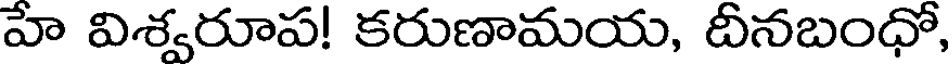
హే విశ్వరూప! కరుణామయ, దీనబంధో,